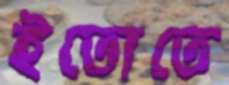
ইতোতে